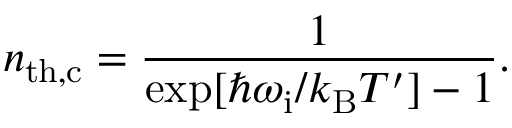
n _ { \mathrm { t h , c } } = \frac { 1 } { \exp [ \hbar \omega _ { \mathrm { i } } / k _ { \mathrm { B } } T ^ { \prime } ] - 1 } .